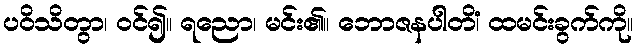
ပဝိသိတွာ၊ ဝင်၍။ ရညော၊ မင်း၏။ ဘောဇနပါတိံ၊ ထမင်းခွက်ကို။